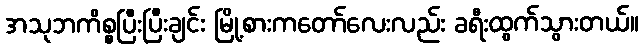
အသုဘကိစ္စပြီးပြီးချင်း မြို့စားကတော်လေးလည်း ခရီးထွက်သွားတယ်။